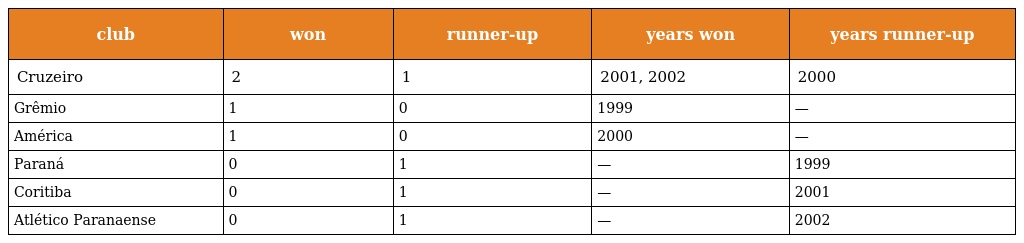
| club | won | runner-up | years won | years runner-up |
 | --- | --- | --- | --- | --- |
 | Cruzeiro | 2 | 1 | 2001, 2002 | 2000 |
 | Grêmio | 1 | 0 | 1999 | — |
 | América | 1 | 0 | 2000 | — |
 | Paraná | 0 | 1 | — | 1999 |
 | Coritiba | 0 | 1 | — | 2001 |
 | Atlético Paranaense | 0 | 1 | — | 2002 |